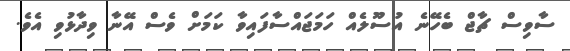
ސާވިސް ޗާޖް ބެހޭނެ އުސޫލެއް ހަމަޖައްސާފައިވާ ކަމަށް ވެސް އޭނާ ވިދާޅުވި އެވެ.